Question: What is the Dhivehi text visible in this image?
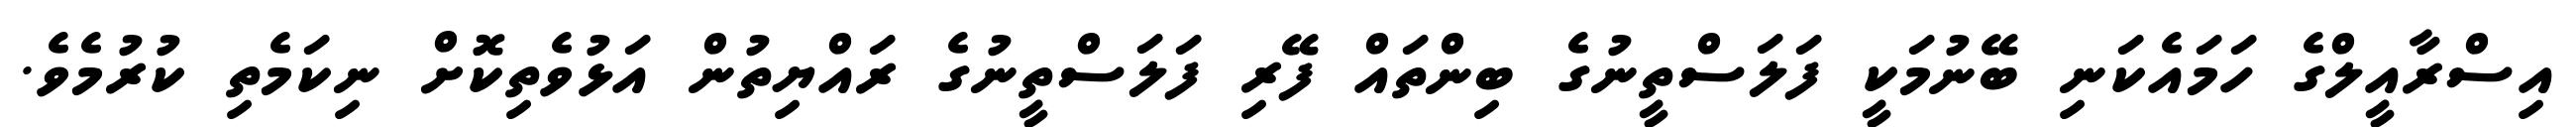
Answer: އިސްރާއީލްގެ ހަމައެކަނި ބޭނުމަކީ ފަލަސްތީނުގެ ބިންތައް ފޭރި ފަލަސްތީނުގެ ރައްޔިތުން އަޅުވެތިކޮށް ނިކަމެތި ކުރުމެވެ.